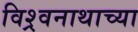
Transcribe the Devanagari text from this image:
विश्र्वनाथाच्या